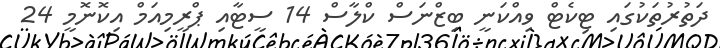
ދަތުރުތަކުގައި ޓިކެޓް ވިއްކަނީ ބިޒްނަސް ކްލާސް 14 ސީޓާއި ޕްރީމިއަމް އިކޮނޮމީ 24